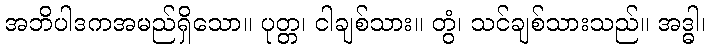
အဘိပါဒကအမည်ရှိသော။ ပုတ္တ၊ ငါချစ်သား။ တွံ၊ သင်ချစ်သားသည်။ အဒ္ဓါ၊